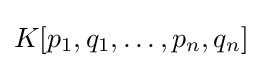
{\textstyle K[p_{1},q_{1},\dots ,p_{n},q_{n}]}